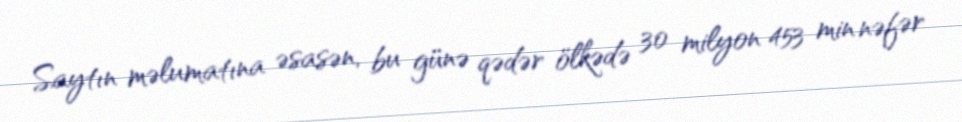
Saytın məlumatına əsasən, bu günə qədər ölkədə 30 milyon 453 min nəfər